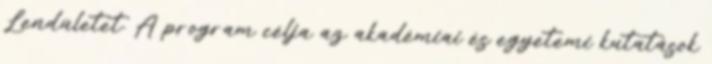
Lendületet. A program célja az akadémiai és egyetemi kutatások